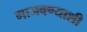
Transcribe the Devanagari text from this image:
गाजवण्याशी